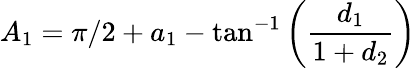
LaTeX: {A_{1}}=\pi/2+{a_{1}}-\tan^{-1}\left(\frac{d_{1}}{1+d_{2}}\right)